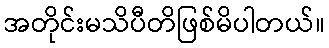
အတိုင်းမသိပီတိဖြစ်မိပါတယ်။